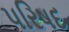
પરિષદ